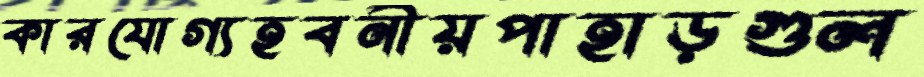
কারযোগ্যহবনীয়পাহাড়গুল